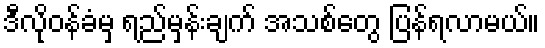
ဒီလိုဝန်ခံမှ ရည်မှန်းချက် အသစ်တွေ ပြန်ရလာမယ်။